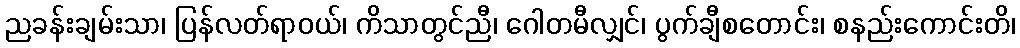
ညခန်းချမ်းသာ၊ ပြန်လတ်ရာဝယ်၊ ကိသာတွင်ညီ၊ ဂေါတမီလျှင်၊ ပွက်ချီစတောင်း၊ စနည်းကောင်းတိ၊